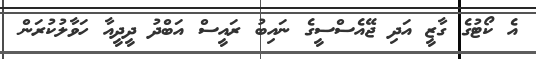
އެ ކޯޓުގެ ގާޒީ އަދި ޖޭއެސްސީގެ ނައިބު ރައީސް އަބްދު ދީދީއާ ހަވާލުކުރަން